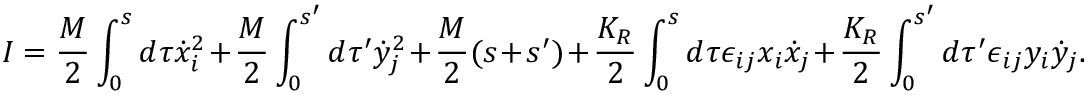
I = \frac { M } { 2 } \int _ { 0 } ^ { s } d \tau \dot { x } _ { i } ^ { 2 } + \frac { M } { 2 } \int _ { 0 } ^ { s ^ { \prime } } d \tau ^ { \prime } \dot { y } _ { j } ^ { 2 } + \frac { M } { 2 } ( s + s ^ { \prime } ) + \frac { K _ { R } } { 2 } \int _ { 0 } ^ { s } d \tau \epsilon _ { i j } x _ { i } \dot { x } _ { j } + \frac { K _ { R } } { 2 } \int _ { 0 } ^ { s ^ { \prime } } d \tau ^ { \prime } \epsilon _ { i j } y _ { i } \dot { y } _ { j } .